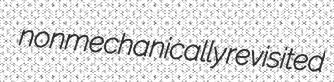
nonmechanically revisited